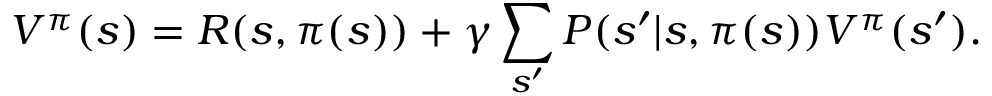
V ^ { \pi } ( s ) = R ( s , \pi ( s ) ) + \gamma \sum _ { s ^ { \prime } } P ( s ^ { \prime } | s , \pi ( s ) ) V ^ { \pi } ( s ^ { \prime } ) .